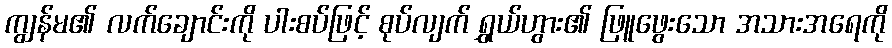
ကျွန်မ၏ လက်ချောင်းကို ပါးစပ်ဖြင့် စုပ်လျက် ရွှယ်ဟွား၏ ဖြူဖွေးသော အသားအရေကို